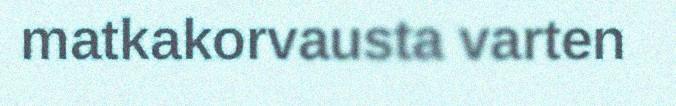
matkakorvausta varten